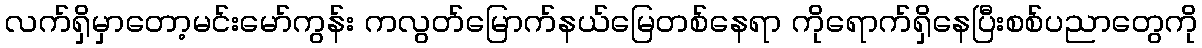
လက်ရှိမှာတော့မင်းမော်ကွန်း ကလွတ်မြောက်နယ်မြေတစ်နေရာ ကိုရောက်ရှိနေပြီးစစ်ပညာတွေကို